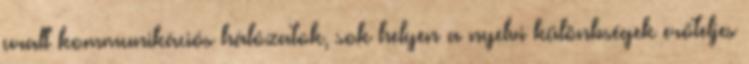
uralt kommunikációs hálózatok, sok helyen a nyelvi különbségek erőteljes